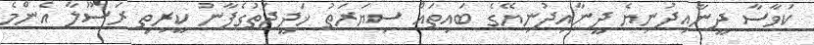
ކަވާސާ ދީނާއިދުނިޔެ ދީނާއިދުނިޔޭގެ ބައިތައް ސިޔަރަތު ޚަދީޖަތުގެފާނު ކީރިތި ރަސޫލާ އެންމެ